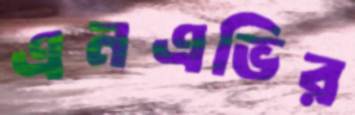
এনএভির